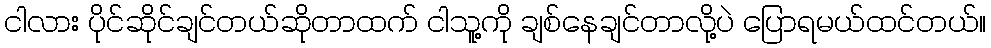
ငါလား ပိုင်ဆိုင်ချင်တယ်ဆိုတာထက် ငါသူ့ကို ချစ်နေချင်တာလို့ပဲ ပြောရမယ်ထင်တယ်။